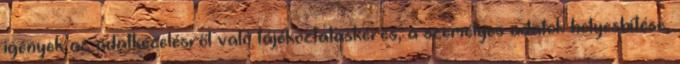
igények az adatkezelésről való tájékoztatáskérés, a személyes adatok helyesbítése,